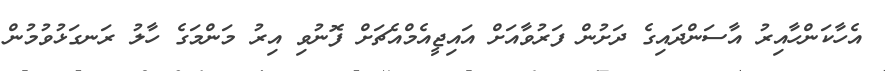
އެހާކަންހާއިރު އާސަންދައިގެ ދަށުން ފަރުވާއަށް އައިޖީއެމްއެޗަށް ފޮނުވި އިރު މަންމަގެ ހާލު ރަނގަޅުވުމުން